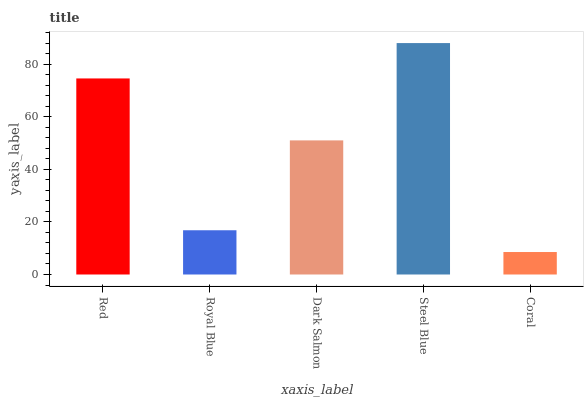
| xaxis_label | bars |
 | --- | --- |
 | Red | 74.7 |
 | Royal Blue | 16.9 |
 | Dark Salmon | 51.1 |
 | Steel Blue | 88.2 |
 | Coral | 8.56 |